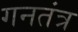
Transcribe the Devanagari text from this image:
गनतंत्र